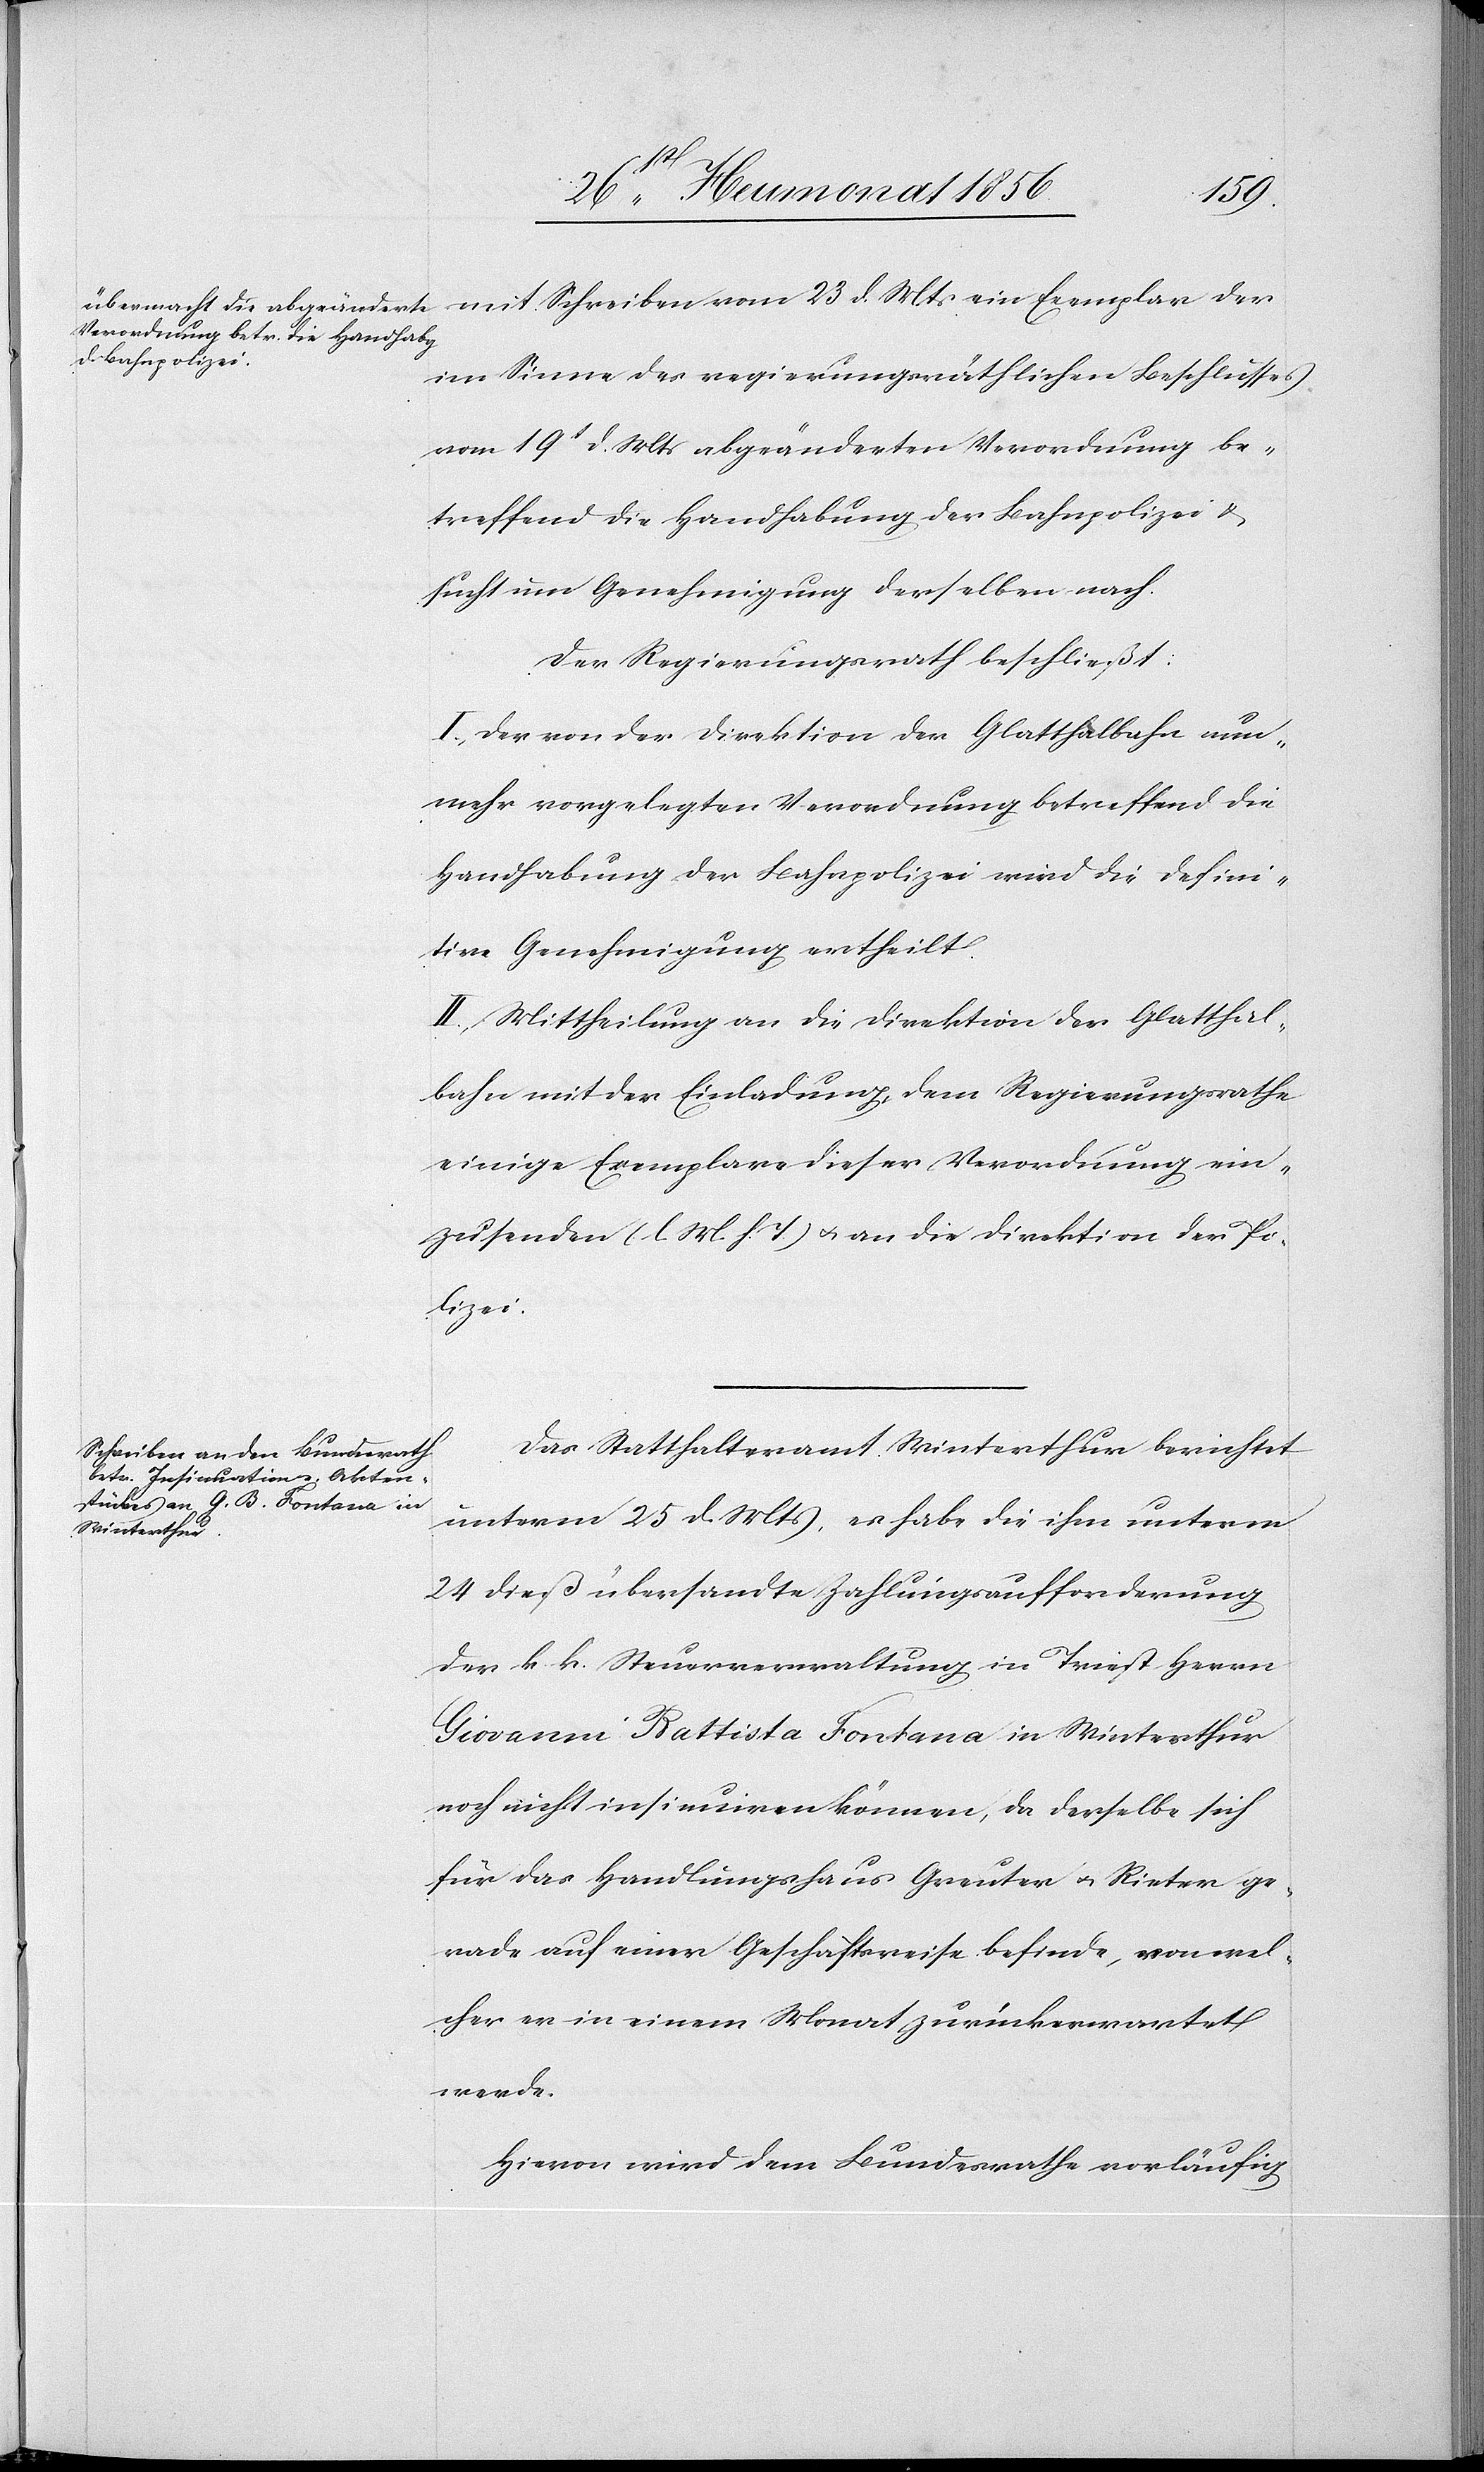
mit Schreiben vom 23 d. Mts ein Exemplar der
im Sinne des regierungsräthlichen Beschlusses
vom 19t d. Mts abgeänderten Verordnung be¬
treffend die Handhabung der Bahnpolizei &
sucht um Genehmigung derselben nach.
Der Regierungsrath beschließt:
I.) Der von der Direktion der Glatthalbahn nun¬
mehr vorgelegten Verordnung betreffend die
Handhabung der Bahnpolizei wird die defini¬
tive Genehmigung ertheilt.
II.) Mittheilung an die Direktion der Glatthal¬
bahn mit der Einladung, dem Regierungsrathe
einige Exemplare dieser Verordnung ein¬
zusenden (l. M. h. T.) u. an die Direktion der Po¬
lizei.
Das Statthalteramt Winterthur berichtet
unterm 25 d. Mts, es habe die ihm unterm
24 dieß übersandte Zahlungsaufforderung
der k. k. Steuerverwaltung in Triest Herrn
Giovanni Battista Fontana in Winterthur
noch nicht insinuiren können, da derselbe sich
für das Handlungshaus Greuter u. Rieter ge¬
rade auf einer Geschäftsreise befinde, von wel¬
cher er in einem Monat zurückerwartet
werde.
Hievon wird dem Bundesrathe vorläufig